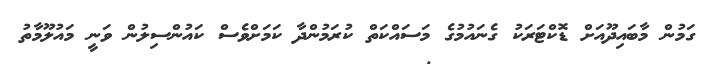
ގަމުން މާބައިދޫއަށް ޑޮކްޓަރަކު ގެނައުމުގެ މަސައްކަތް ކުރަމުންދާ ކަމަށްވެސް ކައުންސިލުން ވަނީ މައުލޫމާތު